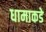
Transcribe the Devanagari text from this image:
धामाकडे